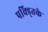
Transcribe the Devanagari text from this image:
पक्ड्तिके